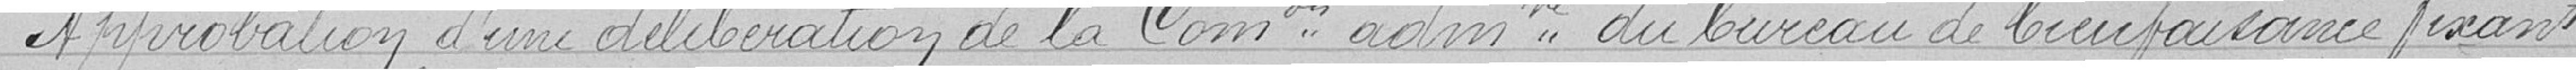
Approbation d'une délibération de la Commission administrative du bureau de bienfaisance fixant